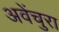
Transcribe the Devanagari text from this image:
अवेंचुरा